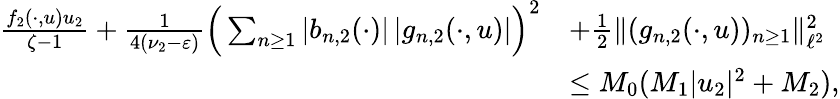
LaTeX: \begin{array}{rl}{\frac{{f}_{2}(\cdot,u)u_{2}}{\zeta-1}+\frac{1}{4(\nu_{2}-\varepsilon)}\Big(\sum_{n\geq 1}|b_{n,2}(\cdot)|\, |g_{n,2}(\cdot,u)|\Big)^{2}}&{+\frac 12\| (g_{n,2}(\cdot,u))_{n\geq 1}\| _{\ell^{2}}^{2}}\\ &{\leq M_{0}(M_{1}|u_{2}|^{2}+M_{2}),}\end{array}